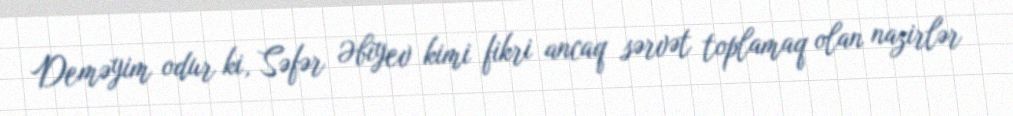
Deməyim odur ki, Səfər Əbiyev kimi fikri ancaq sərvət toplamaq olan nazirlər